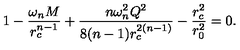
1 - \frac { \omega _ { n } M } { r _ { c } ^ { n - 1 } } + \frac { n \omega _ { n } ^ { 2 } Q ^ { 2 } } { 8 ( n - 1 ) r _ { c } ^ { 2 ( n - 1 ) } } - \frac { r _ { c } ^ { 2 } } { r _ { 0 } ^ { 2 } } = 0 .